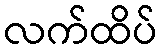
လက်ထိပ်